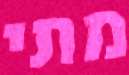
מתי